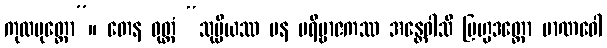
ကုလပုတ္တော”။ တေန ဝုတ္တံ “သုပ္ပိယဿ ပန ပရိဗ္ဗာဇကဿ အန္တေဝါသီ ဗြဟ္မဒတ္တော မာဏဝေါ